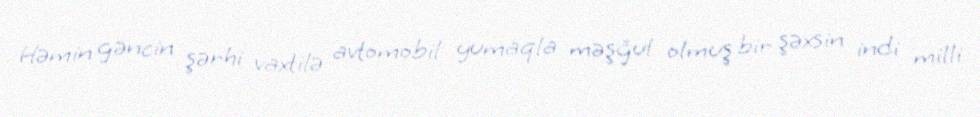
Həmin gəncin şərhi vaxtilə avtomobil yumaqla məşğul olmuş bir şəxsin indi milli